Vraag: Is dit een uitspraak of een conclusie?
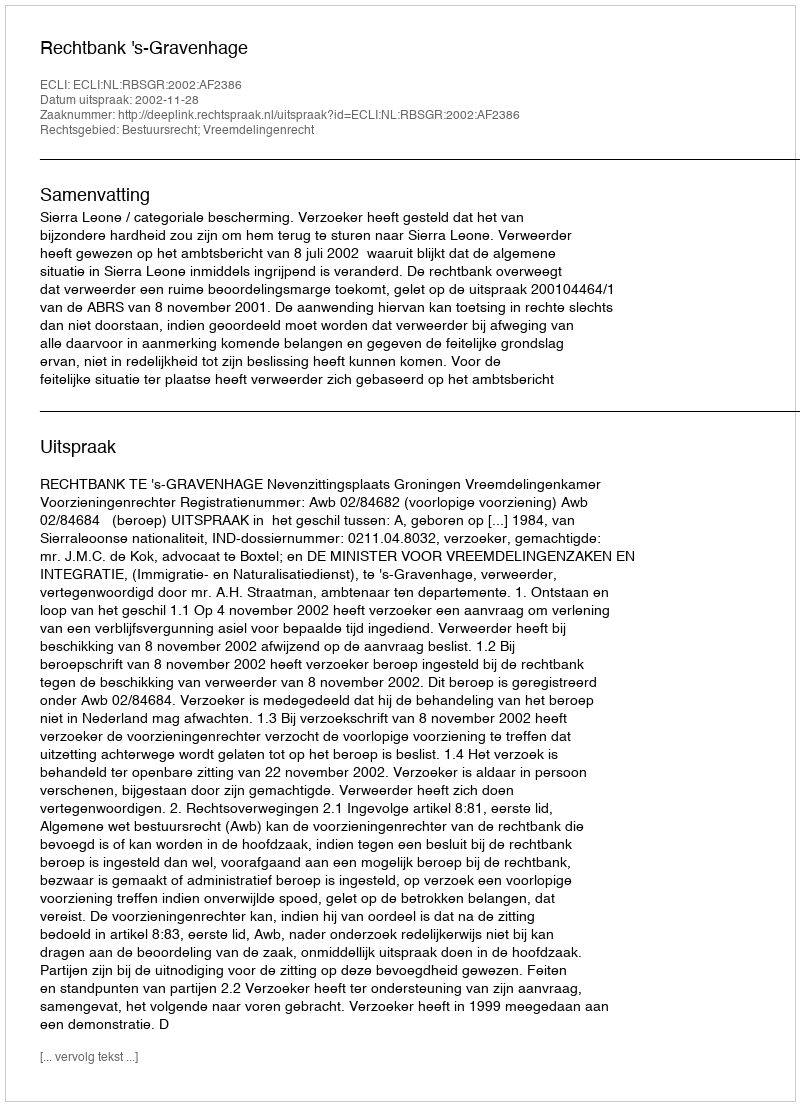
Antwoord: Uitspraak